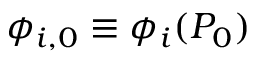
\phi _ { i , 0 } \equiv \phi _ { i } ( P _ { 0 } )